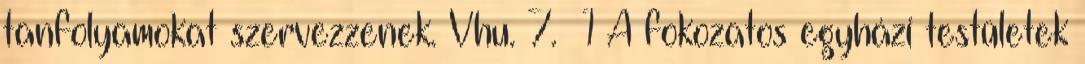
tanfolyamokat szervezzenek. Vhu. 7.§ 1 A fokozatos egyházi testületek